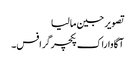
تصویر جین مالیا
آگاوا راک پکچرگرافس۔